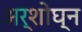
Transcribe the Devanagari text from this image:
अर्शोघ्न